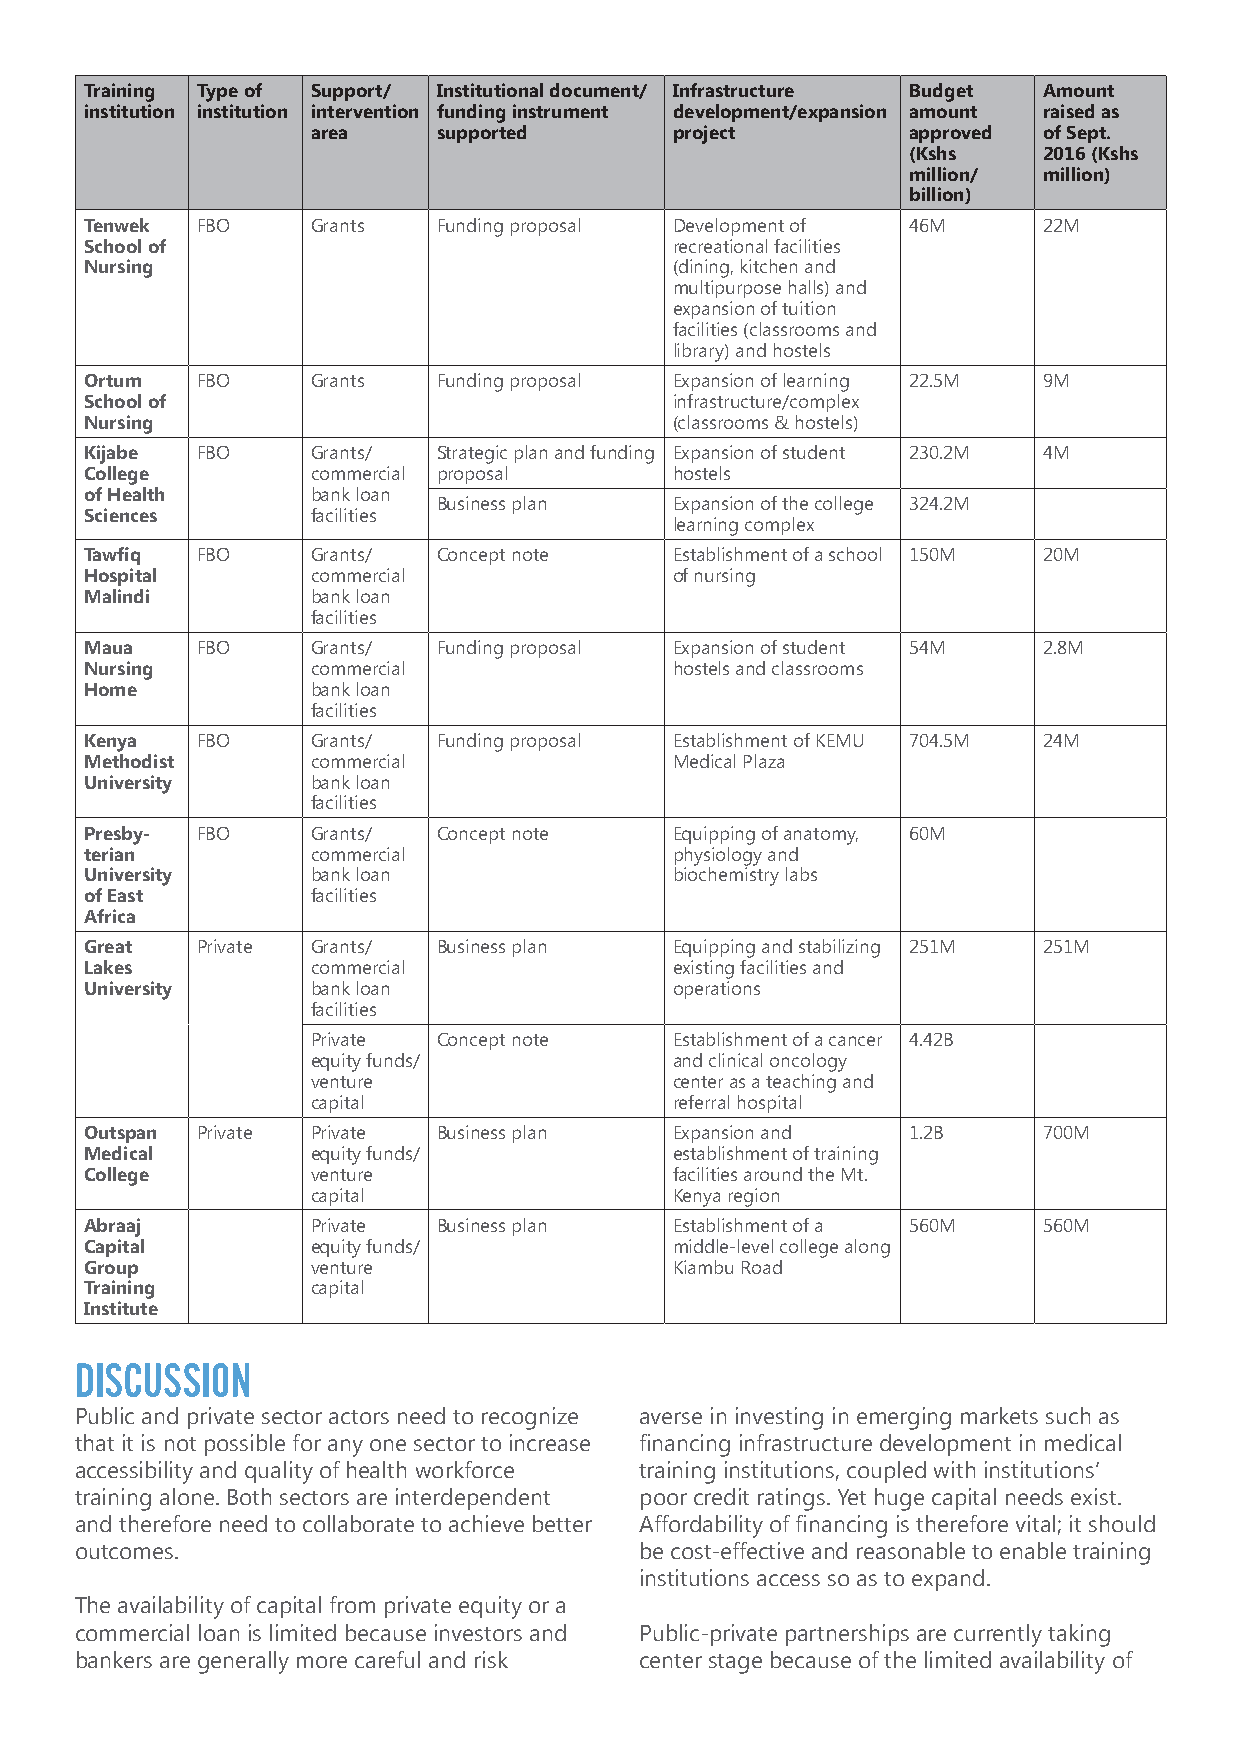
Training Type of Support/ Institutional document/ Infrastructure Budget Amount
 institution institution intervention funding instrument development/expansion amount raised as
 area    supported       project        approved of Sept.
 (Kshs    2016 (Kshs
 million/ million)
 billion)
 Tenwek FBO     Grants  Funding proposal Development of 46M     22M
 School of                              recreational facilities
 Nursing                                (dining, kitchen and
 multipurpose halls) and
 expansion of tuition
 facilities (classrooms and
 library) and hostels
 Ortum  FBO     Grants  Funding proposal Expansion of learning 22.5M 9M
 School of                              infrastructure/complex
 Nursing                                (classrooms & hostels)
 Kijabe FBO     Grants/ Strategic plan and funding Expansion of student 230.2M 4M
 College        commercial proposal     hostels
 of Health      bank loan
 Business plan   Expansion of the college 324.2M
 Sciences       facilities
 learning complex
 Tawfiq FBO     Grants/ Concept note    Establishment of a school 150M 20M
 Hospital       commercial              of nursing
 Malindi        bank loan
 facilities
 Maua   FBO     Grants/ Funding proposal Expansion of student 54M 2.8M
 Nursing        commercial              hostels and classrooms
 Home           bank loan
 facilities
 Kenya  FBO     Grants/ Funding proposal Establishment of KEMU 704.5M 24M
 Methodist      commercial              Medical Plaza
 University     bank loan
 facilities
 Presby- FBO    Grants/ Concept note    Equipping of anatomy, 60M
 terian         commercial              physiology and
 University     bank loan               biochemistry labs
 of East        facilities
 Africa
 Great  Private Grants/ Business plan   Equipping and stabilizing 251M 251M
 Lakes          commercial              existing facilities and
 University     bank loan               operations
 facilities
 Private Concept note    Establishment of a cancer 4.42B
 equity funds/           and clinical oncology
 venture                 center as a teaching and
 capital                 referral hospital
 Outspan Private Private Business plan  Expansion and  1.2B     700M
 Medical        equity funds/           establishment of training
 College        venture                 facilities around the Mt.
 capital                 Kenya region
 Abraaj         Private Business plan   Establishment of a 560M 560M
 Capital        equity funds/           middle-level college along
 Group          venture                 Kiambu Road
 Training       capital
 Institute
 DISCUSSION
 Public and private sector actors need to recognize averse in investing in emerging markets such as
 that it is not possible for any one sector to increase financing infrastructure development in medical
 accessibility and quality of health workforce training institutions, coupled with institutions’
 training alone. Both sectors are interdependent poor credit ratings. Yet huge capital needs exist.
 and therefore need to collaborate to achieve better Affordability of financing is therefore vital; it should
 outcomes.                            be cost-effective and reasonable to enable training
 institutions access so as to expand.
 The availability of capital from private equity or a
 commercial loan is limited because investors and Public-private partnerships are currently taking
 bankers are generally more careful and risk center stage because of the limited availability of